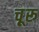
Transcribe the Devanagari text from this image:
चू़रू